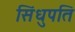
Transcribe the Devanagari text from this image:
सिंधुपति